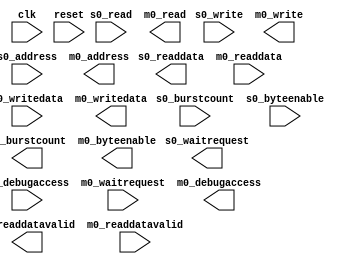
module KBandIPsubPro_DDR #(
		parameter DATA_WIDTH        = 128,
		parameter SYMBOL_WIDTH      = 8,
		parameter HDL_ADDR_WIDTH    = 30,
		parameter BURSTCOUNT_WIDTH  = 5,
		parameter PIPELINE_COMMAND  = 1,
		parameter PIPELINE_RESPONSE = 1,
		parameter SYNC_RESET        = 0
	) (
		input  wire                        clk,              //   clk.clk
		input  wire                        reset,            // reset.reset
		output wire                        s0_waitrequest,   //    s0.waitrequest
		output wire [DATA_WIDTH-1:0]       s0_readdata,      //      .readdata
		output wire                        s0_readdatavalid, //      .readdatavalid
		input  wire [BURSTCOUNT_WIDTH-1:0] s0_burstcount,    //      .burstcount
		input  wire [DATA_WIDTH-1:0]       s0_writedata,     //      .writedata
		input  wire [HDL_ADDR_WIDTH-1:0]   s0_address,       //      .address
		input  wire                        s0_write,         //      .write
		input  wire                        s0_read,          //      .read
		input  wire [15:0]                 s0_byteenable,    //      .byteenable
		input  wire                        s0_debugaccess,   //      .debugaccess
		input  wire                        m0_waitrequest,   //    m0.waitrequest
		input  wire [DATA_WIDTH-1:0]       m0_readdata,      //      .readdata
		input  wire                        m0_readdatavalid, //      .readdatavalid
		output wire [BURSTCOUNT_WIDTH-1:0] m0_burstcount,    //      .burstcount
		output wire [DATA_WIDTH-1:0]       m0_writedata,     //      .writedata
		output wire [HDL_ADDR_WIDTH-1:0]   m0_address,       //      .address
		output wire                        m0_write,         //      .write
		output wire                        m0_read,          //      .read
		output wire [15:0]                 m0_byteenable,    //      .byteenable
		output wire                        m0_debugaccess    //      .debugaccess
	);
endmodule